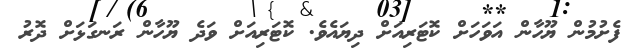
ފެށުމުން ޔޫހާން އަވަހަށް ކޮޓަރިއަށް ދިޔައެވެ. ކޮޓަރިއަށް ވަދެ ޔޫހާން ރަނގަޅަށް ދޮރު